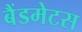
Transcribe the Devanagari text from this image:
बैंडमेटस